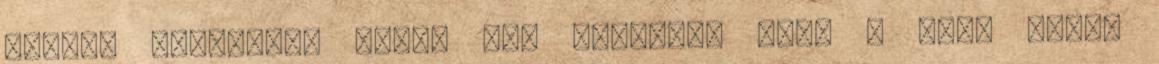
jelent magyarul. Nincs más dolgunk, mint a pipa jelet